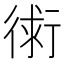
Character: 𧗷